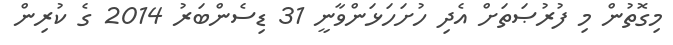
މިގޮތުން މި ފުރުޞަތަށް އެދި ހުށަހަޅަންވާނީ 31 ޑިސެންބަރު 2014 ގެ ކުރިން